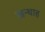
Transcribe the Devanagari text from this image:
खन्‍थाह